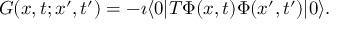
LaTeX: G ( x , t ; x ^ { \prime } , t ^ { \prime } ) = - \imath \langle 0 | T \Phi ( x , t ) \Phi ( x ^ { \prime } , t ^ { \prime } ) | 0 \rangle .